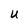
Character: U